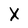
Character: X